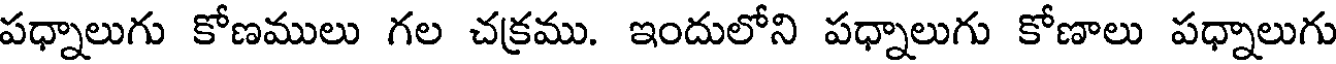
పధ్నాలుగు కోణములు గల చక్రము. ఇందులోని పధ్నాలుగు కోణాలు పధ్నాలుగు